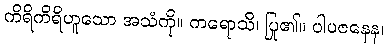
ကိရိကိရိဟူသော အသံကို။ ကရောသိ၊ ပြု၏။ ပါပဇနေန၊